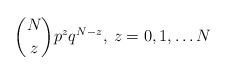
LaTeX: \begin{align*}{N\choose z}p^zq^{N-z},\>z=0,1,\ldots N\end{align*}